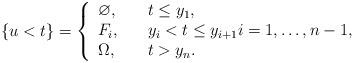
LaTeX: \begin{align*}\{u<t\}=\left\{\begin{array}{ll}\varnothing,\\F_i,\\\Omega,\end{array}\quad\begin{array}{ll}t\leq y_1,\\ y_i<t\leq y_{i+1}i=1,\ldots,n-1,\\t> y_n.\end{array}\right.\end{align*}